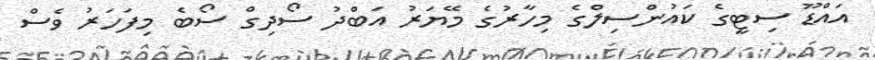
އައްޑޫ ސިޓީގެ ކައުންސިލްގެ މިހާރުގެ މޭޔަރު އަބްދު ސޯދިގް ސޯބެ މިފަހަރު ވެސް